Medical and sanitary report of the native army of Madras for the year
Year: 1872
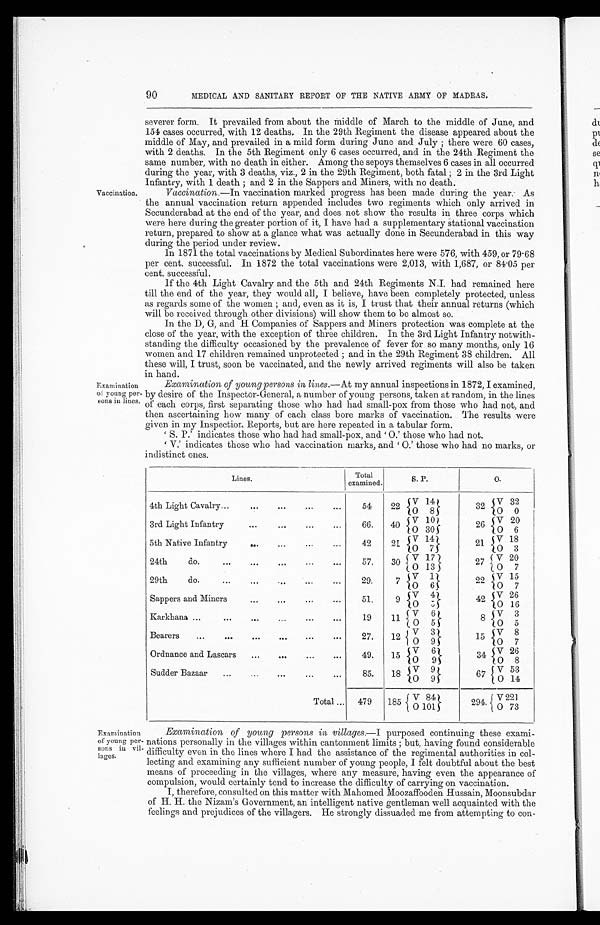
90
MEDICAL AND SANITARY REPORT OF THE NATIVE ARMY OF MADRAS.
Vaccination.
Examination
of young per
eons in lines
severer form. It prevailed from about the Middle of March to the middle of June, and
154 cases occurred, with 12 deaths. In the 29th Regiment the disease appeared about the
middle of May, and prevailed in a mild form during June and July ; there were 60 cases,
with 2 deaths. In the 5th Regiment only 6 cases occurred, and in the 24th Regiment the
same number, with no death in either. Among the sepoys themselves 6 cases in all occurred
during the year, with 3 deaths, viz., 2 in the 29th Regiment, both fatal ; 2 in the 3rd Light
Infantry, with 1 death ; and 2 in the Sappers and Miners, with no death.
Vaccination. —In vaccination marked progress has been made during the year; As
the annual vaccination return appended includes two regiments which only arrived in
Secunderabad at the end of the year, and does not show the results in three corps which
were here during the greater portion of it, I have had a supplementary stational vaccination
return, prepared to show at a glance what was actually done in Secunderabad in this way
during the period under review.
In 1871 the total vaccinations by Medical Subordinates here were 576, with 459, or 79.68
per cent. successful. In 1872 the total vaccinations were 2,013, with 1,687, or 84.05 per
cent. successful.
If the 4th Light Cavalry and the 5th and 24th Regiments N.I. had remained here
till the end of the year, they would all, I believe, have been completely protected, unless
as regards some of the women ; and, even as it is, I trust that their annual returns (which
will be received through other divisions) will show them to be almost so.
In the D, G, and H Companies of Sappers and Miners protection was complete at the
close of the year, with the exception of three children, In the 3rd Light Infantry notwith-
standing the difficulty occasioned by the prevalence of fever for so many months, only 16
women and 17 children remained unprotected ; and in the 29th Regiment 38 children. All
these will, I trust, soon be vaccinated, and the newly arrived regiments will also be taken
in hand.
Examination of young persons in li nes .— At my annual inspections in 1872, I examined,
- by desire of the Inspector-General, a number of young persons, taken at random, in the lines
of each corps, first separating those who had had small-pox from those who had not, and
then ascertaining how many of each class bore marks of vaccination. The results were
given in my Inspection Reports, but are here repeated in a tabular form.
' S . P . ' i n d i c a t e s t h o s e w h o h a d h a d s m a l l - p o x , a n d ' 0 . ' t h o s e w h o h a d n o t .
' V.' indicates those who had vaccination marks, and 'O.' those who had no marks, or
indistinct ones.
Lines.
Total
examined.
S. P.
O.
4th Light Cavalry...
... ...
...
...
54
22
V 14
32
V 3 2
O 8
O 0
3rd Light Infantry
...
...
...
...
66.
40
V 1 0
26 V 20
O 3 0
O 6
5th Native Infantry
...
...
..,
...
42
2I
V
14
21
V 1
8
O 7
O 3
24th
do.
...
...
...
.„
...
57.
30
V 1 7
27 V 20
O 1 8
O 7
29th
do.
...
...
...
,..
...
29.
7
V 1
22
V 1 5
O 6
O 7
9
V 4
Sappers and Miners
...
...
...
...
51.
42 V 26
O 5
O 1 6
Karkhana ...
...
...
...
...
...
19
11
V 6
8
V 3
O 5
O 5
Bearers
...
...
...
...
...
...
27.
12
V 3
1 5
V 8
O 9
O 7
Ordnance and Lascars
...
—
...
...
49.
15
V 9
34
V 2 6
O 9
O 8
Sudder Bazaar
...
...
...
...
...
85.
18
V 9
67
V 5 3
O 9
O 1 4
Total ...
479
185
V 84
294 V 22]
O 1 0 1
O 7 3
Examination
of young per-
sons in vil-
lages.
Examination of young persons in villages .—I purposed continuing these exami-
nations personally in the villages within cantonment limits ; but, having found considerable
difficulty even in the lines where I had the assistance of the regimental authorities in col-
lecting and examining any sufficient number of young people, I felt doubtful about the best
means of proceeding in the villages, where any measure, having even the appearance of
compulsion, would certainly tend to increase the difficulty of carrying on vaccination.
I, therefore, consulted on this matter with Mahomed Moozaffooden Hussain, Moonsubdar
of H. H. the Nizam's Government, an intelligent native gentleman well acquainted with the
feelings and prejudices of the villagers. He strongly dissuaded me from attempting to con-